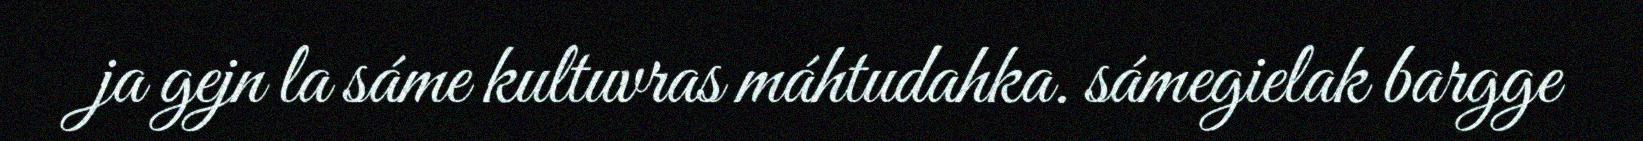
ja gejn la sáme kultuvras máhtudahka. sámegielak bargge